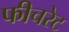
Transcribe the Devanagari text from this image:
फीचरेट